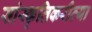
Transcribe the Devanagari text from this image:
सांस्कृतिकरीत्या